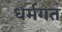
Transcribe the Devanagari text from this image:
धर्मगत